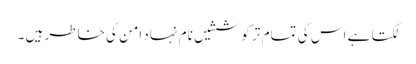
لگتا ہے اس کی تمام تر کوششیں نام نہاد امن کی خاطر ہیں ۔